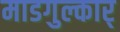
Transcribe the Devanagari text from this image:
माडगुल्कार्